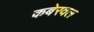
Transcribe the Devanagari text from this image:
कबेरवल